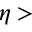
\eta >